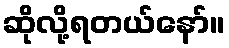
ဆိုလို့ရတယ်နော်။